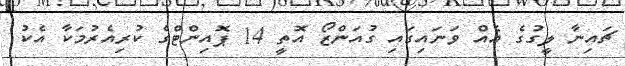
ޗައިނާ ލީގުގެ އެއް ވަނައިގައި ގުއަންޒޯ އޮތީ 14 ޕޮއިންޓްގެ ކުރިއެރުމަކާ އެކު